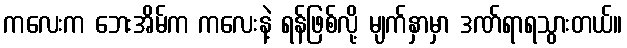
ကလေးက ဘေးအိမ်က ကလေးနဲ့ ရန်ဖြစ်လို့ မျက်နှာမှာ ဒဏ်ရာရသွားတယ်။